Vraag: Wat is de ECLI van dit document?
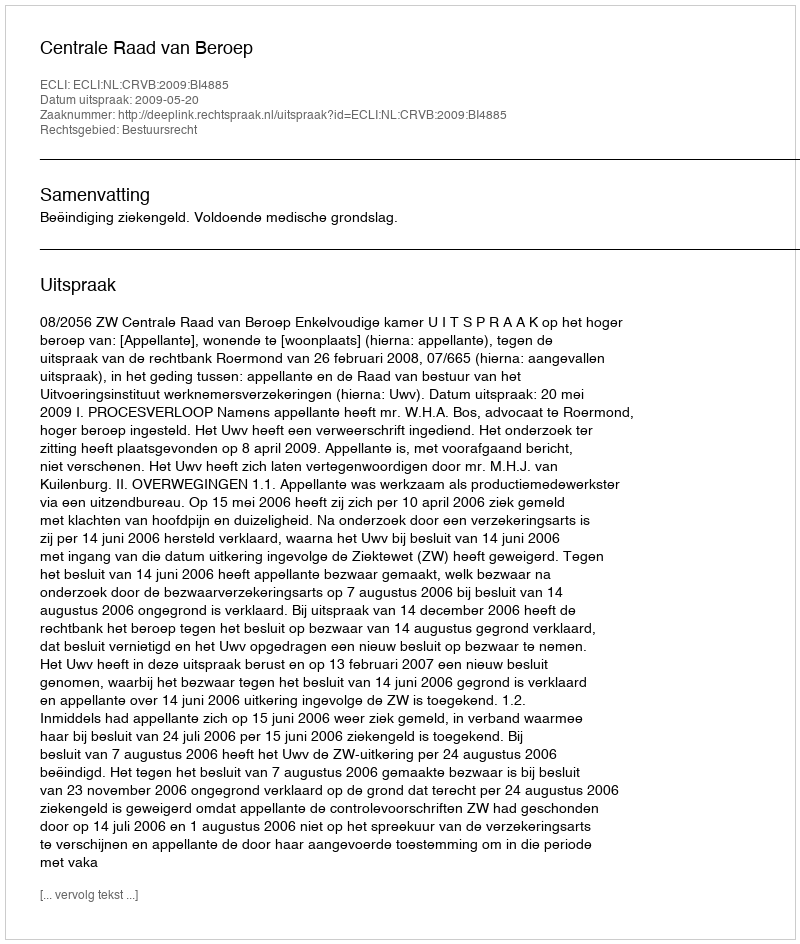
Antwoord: ECLI:NL:CRVB:2009:BI4885